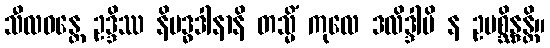
သီလဝန္တေ ဥဒ္ဒိဿ နိဗဒ္ဓဒါနာနိ တသ္မိံ ကုလေ ဒလိဒ္ဒါပိ န ဥပစ္ဆိန္ဒန္တိ။